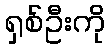
ရှစ်ဦးကို